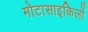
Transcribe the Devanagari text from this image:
मोटासाइकिलों